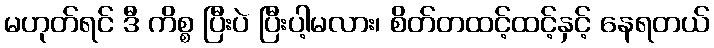
မဟုတ်ရင် ဒီ ကိစ္စ ပြီးပဲ ပြီးပါ့မလား၊ စိတ်တထင့်ထင့်နှင့် နေရတယ်